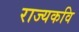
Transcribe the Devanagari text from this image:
राज्यकवि